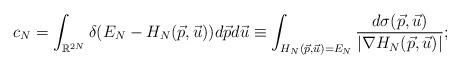
LaTeX: \begin{align*}c_N = \int_{\mathbb{R}^{2N}} \delta(E_N-H_N(\vec{p},\vec{u})) d\vec{p} d\vec{u}\equiv\int_{H_N(\vec{p},\vec{u})= E_N}\frac{d\sigma(\vec{p},\vec{u})}{|\nabla H_N(\vec{p},\vec{u})|};\end{align*}